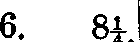
6. 8¼.